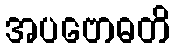
အပဗောဓတိ